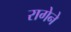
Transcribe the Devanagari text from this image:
रागेने